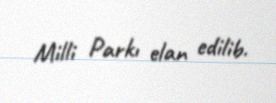
Milli Parkı elan edilib.